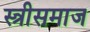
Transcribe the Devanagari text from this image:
स्त्रीसमाज